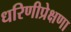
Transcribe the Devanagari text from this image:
धरिणीप्रेक्षणा